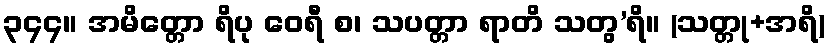
၃၄၄။ အမိတ္တော ရိပု ဝေရီ စ၊ သပတ္တာ ရာတိ သတွ’ရိ။ (သတ္တု+အရိ)